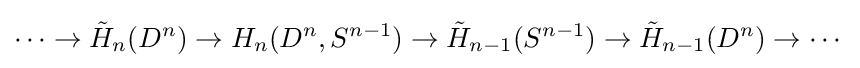
\cdots \to {\tilde {H}}_{n}(D^{n})\rightarrow H_{n}(D^{n},S^{n-1})\rightarrow {\tilde {H}}_{n-1}(S^{n-1})\rightarrow {\tilde {H}}_{n-1}(D^{n})\to \cdots